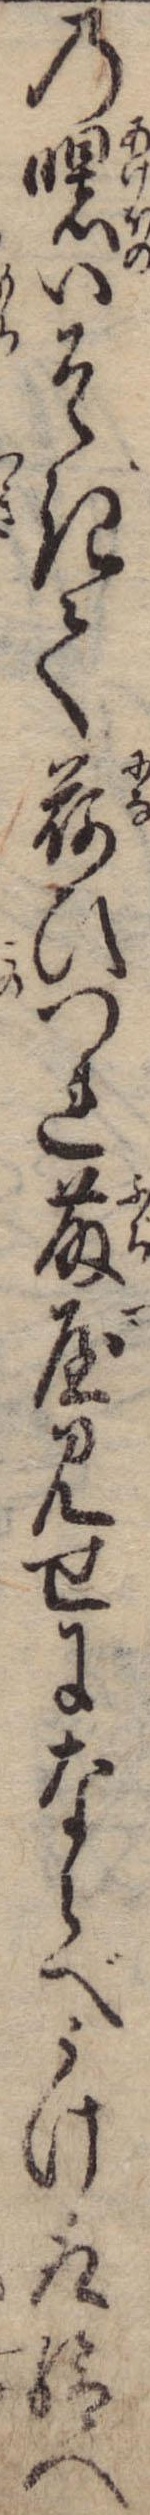
の曙いそきて荷ひつれ藤屋見せにならべうけ取給へ